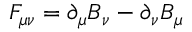
F _ { \mu \nu } = \partial _ { \mu } B _ { \nu } - \partial _ { \nu } B _ { \mu } \qquad